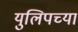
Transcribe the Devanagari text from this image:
युलिपच्या